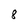
Character: 8